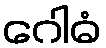
ဂေါဓံ